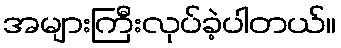
အများကြီးလုပ်ခဲ့ပါတယ်။